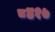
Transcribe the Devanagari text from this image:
८४१७